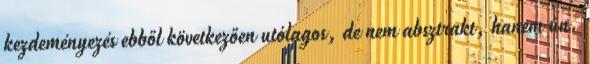
kezdeményezés ebből következően utólagos, de nem absztrakt, hanem ún.